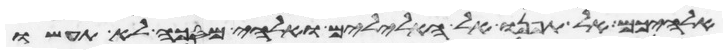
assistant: אלהיכם אל תפנו אל האלילים ואלהי מסכה לא תעשו